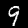
Digit: 9